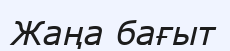
Жаңа бағыт